Problem: 7 × 11 = ?
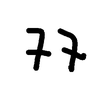
Handwritten answer: 77